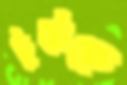
টুটেছে